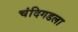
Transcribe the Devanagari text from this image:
चंदिगडला